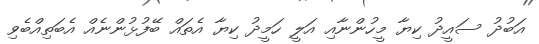
އަބުދު ސައީދު ކިޔާ މީހުންނާއި އަލީ ހަމީދު ކިޔާ އެތައް ބޭފުޅުންނެއް އެބަތިއްބެވި